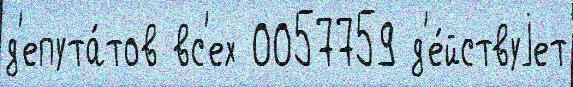
д'епута́тов вс'ех 0057759 д'е́йствуjет